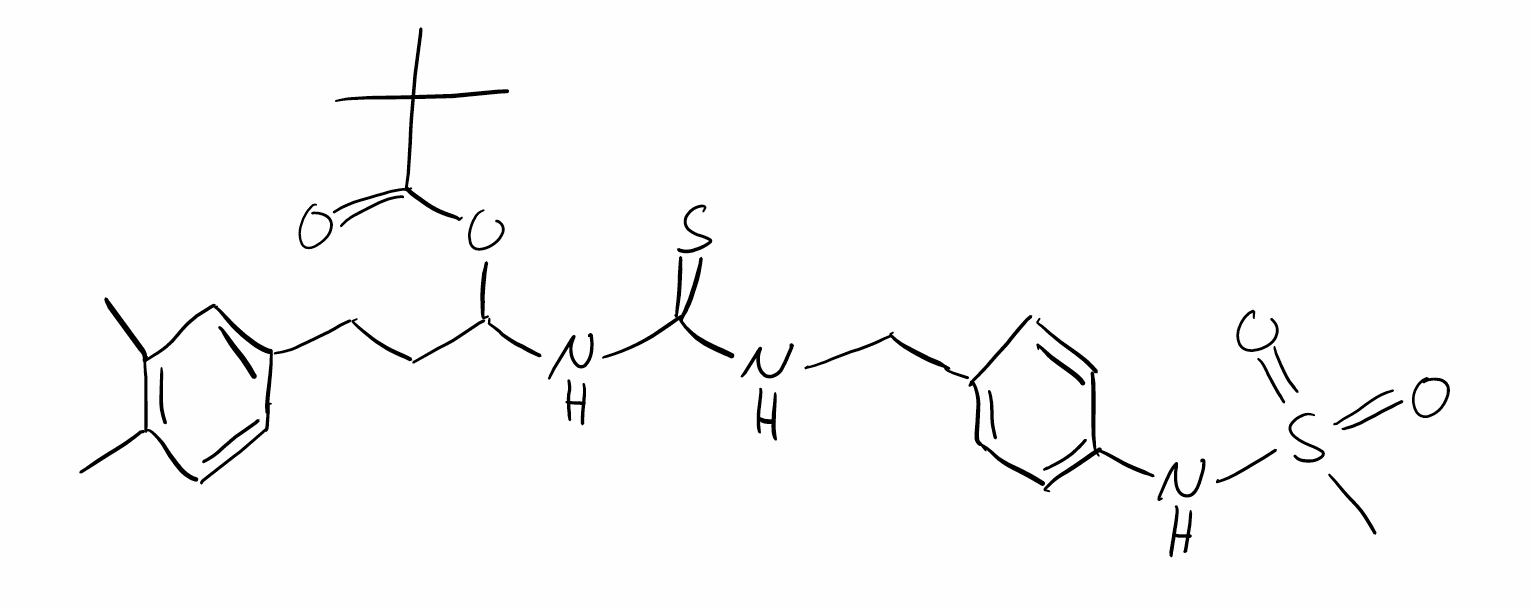
Simplified molecular-input line-entry system (SMILES) notation of the given molecule:
CC1=C(C=C(C=C1)CCC(NC(=S)NCC2=CC=C(C=C2)NS(=O)(=O)C)OC(=O)C(C)(C)C)C